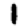
Digit: 1